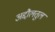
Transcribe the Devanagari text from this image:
अद्दौलतुल